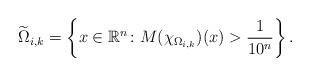
LaTeX: \begin{align*}\widetilde\Omega_{i,k}=\left\{x\in\mathbb{R}^{n}\colon M(\chi_{\Omega_{i,k}})(x)>\frac{1}{10^{n}}\right\}.\end{align*}